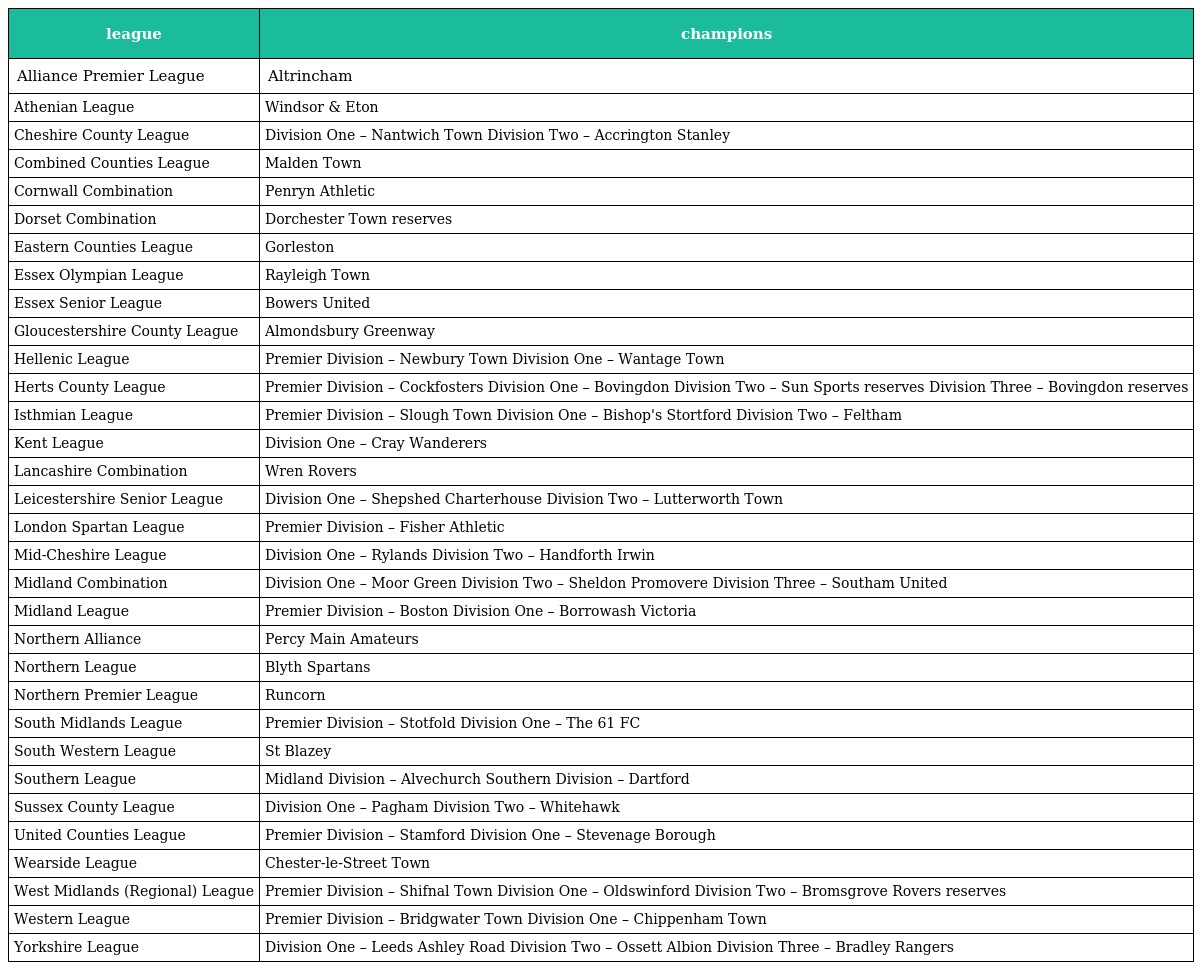
| league | champions |
 | --- | --- |
 | Alliance Premier League | Altrincham |
 | Athenian League | Windsor & Eton |
 | Cheshire County League | Division One – Nantwich Town Division Two – Accrington Stanley |
 | Combined Counties League | Malden Town |
 | Cornwall Combination | Penryn Athletic |
 | Dorset Combination | Dorchester Town reserves |
 | Eastern Counties League | Gorleston |
 | Essex Olympian League | Rayleigh Town |
 | Essex Senior League | Bowers United |
 | Gloucestershire County League | Almondsbury Greenway |
 | Hellenic League | Premier Division – Newbury Town Division One – Wantage Town |
 | Herts County League | Premier Division – Cockfosters Division One – Bovingdon Division Two – Sun Sports reserves Division Three – Bovingdon reserves |
 | Isthmian League | Premier Division – Slough Town Division One – Bishop's Stortford Division Two – Feltham |
 | Kent League | Division One – Cray Wanderers |
 | Lancashire Combination | Wren Rovers |
 | Leicestershire Senior League | Division One – Shepshed Charterhouse Division Two – Lutterworth Town |
 | London Spartan League | Premier Division – Fisher Athletic |
 | Mid-Cheshire League | Division One – Rylands Division Two – Handforth Irwin |
 | Midland Combination | Division One – Moor Green Division Two – Sheldon Promovere Division Three – Southam United |
 | Midland League | Premier Division – Boston Division One – Borrowash Victoria |
 | Northern Alliance | Percy Main Amateurs |
 | Northern League | Blyth Spartans |
 | Northern Premier League | Runcorn |
 | South Midlands League | Premier Division – Stotfold Division One – The 61 FC |
 | South Western League | St Blazey |
 | Southern League | Midland Division – Alvechurch Southern Division – Dartford |
 | Sussex County League | Division One – Pagham Division Two – Whitehawk |
 | United Counties League | Premier Division – Stamford Division One – Stevenage Borough |
 | Wearside League | Chester-le-Street Town |
 | West Midlands (Regional) League | Premier Division – Shifnal Town Division One – Oldswinford Division Two – Bromsgrove Rovers reserves |
 | Western League | Premier Division – Bridgwater Town Division One – Chippenham Town |
 | Yorkshire League | Division One – Leeds Ashley Road Division Two – Ossett Albion Division Three – Bradley Rangers |